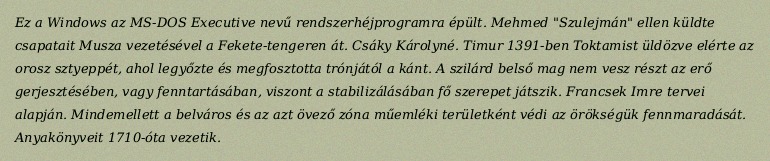
Ez a Windows az MS-DOS Executive nevű rendszerhéjprogramra épült. Mehmed "Szulejmán" ellen küldte csapatait Musza vezetésével a Fekete-tengeren át. Csáky Károlyné. Timur 1391-ben Toktamist üldözve elérte az orosz sztyeppét, ahol legyőzte és megfosztotta trónjától a kánt. A szilárd belső mag nem vesz részt az erő gerjesztésében, vagy fenntartásában, viszont a stabilizálásában fő szerepet játszik. Francsek Imre tervei alapján. Mindemellett a belváros és az azt övező zóna műemléki területként védi az örökségük fennmaradását. Anyakönyveit 1710-óta vezetik.